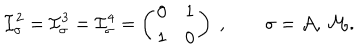
{ \cal I } _ { \sigma } ^ { 2 } = { \cal I } _ { \sigma } ^ { 3 } = { \cal I } _ { \sigma } ^ { 4 } = \left( \begin{array} { c c } { { 0 } } & { { 1 } } \\ { { 1 } } & { { 0 } } \\ \end{array} \right) \; , \qquad \sigma = { \cal A , \, M } .